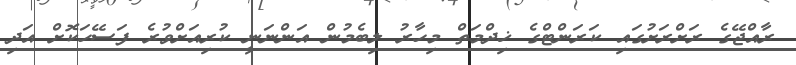
ރާއްޖޭގެ ރަށްރަށުގައި ކަރަންޓްގެ ޚިދްމަތް މިހާރު ލިބެމުން އަންނަނީ ކުރިއަށްވުރެ ފަސޭހަކޮށް އަދި